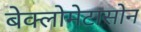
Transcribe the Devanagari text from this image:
बेक्लोमेटासोन